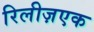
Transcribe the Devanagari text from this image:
रिलीज़एक